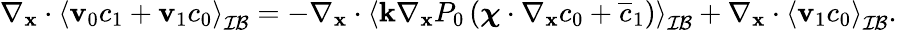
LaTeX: \begin{array}{r}{\nabla_{\mathbf x}\cdot\left\langle\mathbf v_{0}c_{1}+\mathbf v_{1}c_{0}\right\rangle_{\mathcal{IB}}=-\nabla_{\mathbf x}\cdot\left\langle\mathbf k\nabla_{\mathbf x}P_{0}\left(\boldsymbol\chi\cdot\nabla_{\mathbf x}c_{0}+\overline{{c}}_{1}\right)\right\rangle_{\mathcal{IB}}+\nabla_{\mathbf x}\cdot\left\langle\mathbf v_{1}c_{0}\right\rangle_{\mathcal{IB}}.}\end{array}